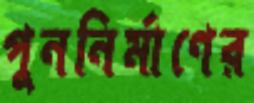
পুননির্মাণের